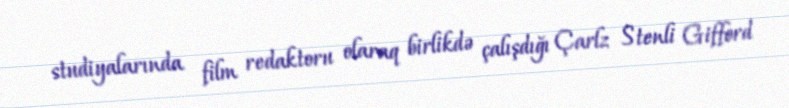
studiyalarında film redaktoru olaraq birlikdə çalışdığı Çarlz Stenli Gifford